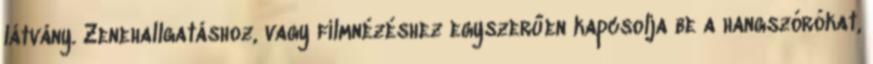
látvány. Zenehallgatáshoz, vagy filmnézéshez egyszerűen kapcsolja be a hangszórókat,